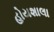
હોયશાલા